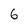
Character: 6